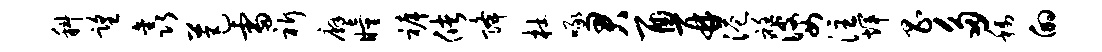
科望鑫芭雷祈廨瞳裤储降杜啄君酉再港衽婆注辉昌多称的